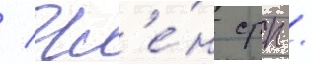
/ чл'е́н срп /